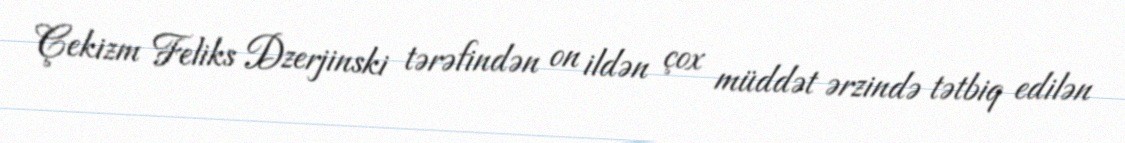
Çekizm Feliks Dzerjinski tərəfindən on ildən çox müddət ərzində tətbiq edilən